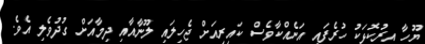
ޔޫހާ އިރުކޮޅަކު ހުރެފައި އަނެއްކާވެސް ކައިރިއަށް ޖެހިލައި ލޫނާއާއި ދިމާއަށް ގުދުވެލި އެވެ.